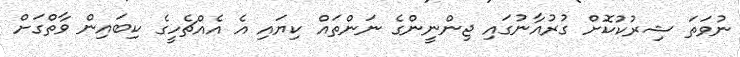
ނުވަތަ ޝިރުކުކޮށް ގުރުއާނުގައި ޖިންނީންގެ ނަންތައް ކިޔައި އެ އެއްޗެހީގެ ކިބައިން ވާތްގަށް